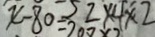
x - 8 0 = 5 2 \times 4 \times 2